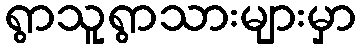
ရွာသူရွာသားများမှာ